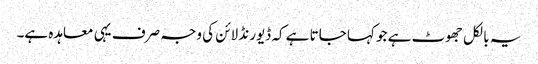
یہ بالکل جھوٹ ہے جو کہا جاتا ہے کہ ڈیورنڈ لائن کی وجہ صرف یہی معاہدہ ہے۔